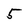
Character: 5